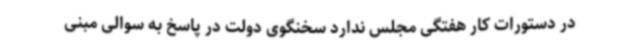
در دستورات کار هفتگی مجلس ندارد سخنگوی دولت در پاسخ به سوالی مبنی